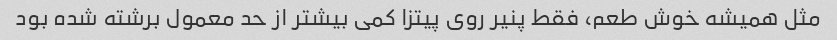
مثل همیشه خوش طعم، فقط پنیر روی پیتزا کمی بیشتر از حد معمول برشته شده بود